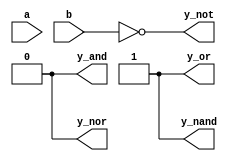
module all_gate(y_and, y_or, y_not, y_nand, y_nor, a, b);
  input a, b;
  output y_and, y_or, y_not, y_nand, y_nor;
  and(y_and, a, b);
  or(y_or, a, b);
  not(y_not, a, b);
  nand(y_nand, a, b);
  nor(y_nor, a, b);
endmodule